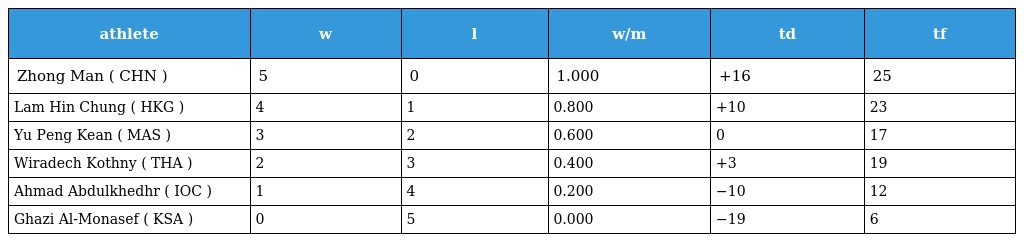
| athlete | w | l | w/m | td | tf |
 | --- | --- | --- | --- | --- | --- |
 | Zhong Man ( CHN ) | 5 | 0 | 1.000 | +16 | 25 |
 | Lam Hin Chung ( HKG ) | 4 | 1 | 0.800 | +10 | 23 |
 | Yu Peng Kean ( MAS ) | 3 | 2 | 0.600 | 0 | 17 |
 | Wiradech Kothny ( THA ) | 2 | 3 | 0.400 | +3 | 19 |
 | Ahmad Abdulkhedhr ( IOC ) | 1 | 4 | 0.200 | −10 | 12 |
 | Ghazi Al-Monasef ( KSA ) | 0 | 5 | 0.000 | −19 | 6 |